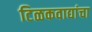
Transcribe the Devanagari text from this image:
टिळकवाद्यांचा